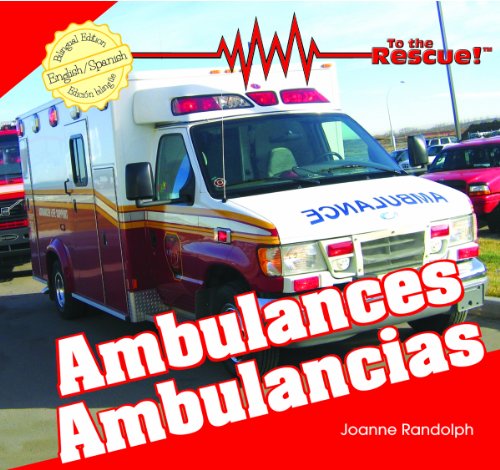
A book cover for Ambulances/ Ambulancias (To the Rescue!); Joanne Randolph; Medical Books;